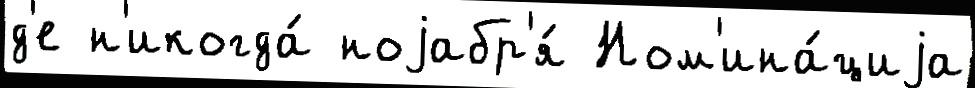
д'е н'икогда́ ноjабр'я́ Ном'ина́циjа